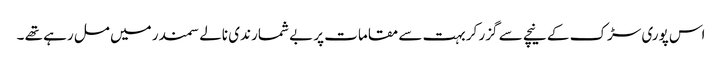
اس پوری سڑک کے نیچے سے گزر کر بہت سے مقامات پر بے شمار ندی نالے سمندر میں مل رہے تھے ۔